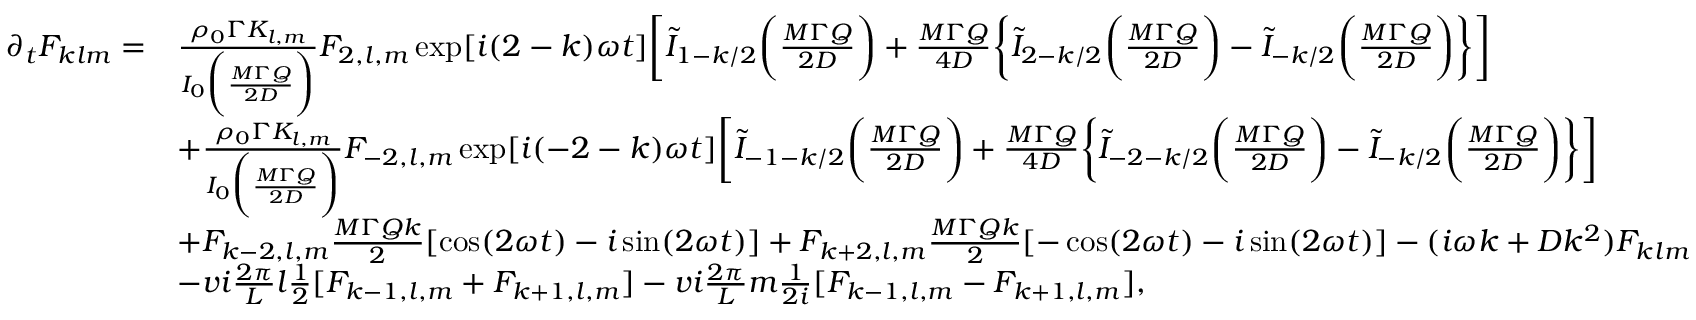
\begin{array} { r l } { \partial _ { t } F _ { k l m } = } & { \frac { \rho _ { 0 } \Gamma K _ { l , m } } { I _ { 0 } \bigg ( \frac { M \Gamma Q } { 2 D } \bigg ) } F _ { 2 , l , m } \exp [ i ( 2 - k ) \omega t ] \bigg [ \tilde { I } _ { 1 - k / 2 } \bigg ( \frac { M \Gamma Q } { 2 D } \bigg ) + \frac { M \Gamma Q } { 4 D } \bigg \{ \tilde { I } _ { 2 - k / 2 } \bigg ( \frac { M \Gamma Q } { 2 D } \bigg ) - \tilde { I } _ { - k / 2 } \bigg ( \frac { M \Gamma Q } { 2 D } \bigg ) \bigg \} \bigg ] } \\ & { + \frac { \rho _ { 0 } \Gamma K _ { l , m } } { I _ { 0 } \bigg ( \frac { M \Gamma Q } { 2 D } \bigg ) } F _ { - 2 , l , m } \exp [ i ( - 2 - k ) \omega t ] \bigg [ \tilde { I } _ { - 1 - k / 2 } \bigg ( \frac { M \Gamma Q } { 2 D } \bigg ) + \frac { M \Gamma Q } { 4 D } \bigg \{ \tilde { I } _ { - 2 - k / 2 } \bigg ( \frac { M \Gamma Q } { 2 D } \bigg ) - \tilde { I } _ { - k / 2 } \bigg ( \frac { M \Gamma Q } { 2 D } \bigg ) \bigg \} \bigg ] } \\ & { + F _ { k - 2 , l , m } \frac { M \Gamma Q k } { 2 } [ \cos ( 2 \omega t ) - i \sin ( 2 \omega t ) ] + F _ { k + 2 , l , m } \frac { M \Gamma Q k } { 2 } [ - \cos ( 2 \omega t ) - i \sin ( 2 \omega t ) ] - ( i \omega k + D k ^ { 2 } ) F _ { k l m } } \\ & { - v i \frac { 2 \pi } { L } l \frac { 1 } { 2 } [ F _ { k - 1 , l , m } + F _ { k + 1 , l , m } ] - v i \frac { 2 \pi } { L } m \frac { 1 } { 2 i } [ F _ { k - 1 , l , m } - F _ { k + 1 , l , m } ] , } \end{array}